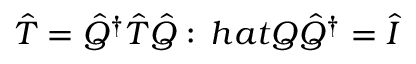
\hat { T } = \hat { Q } ^ { \dagger } \hat { T } \hat { Q } : \, h a t Q \hat { Q } ^ { \dagger } = \hat { I }